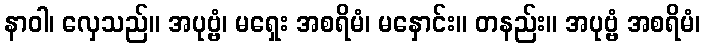
နာဝါ၊ လှေသည်။ အပုဗ္ဗံ၊ မရှေး အစရိမံ၊ မနှောင်း။ တနည်း။ အပုဗ္ဗံ အစရိမံ၊